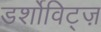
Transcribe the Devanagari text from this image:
डर्शोविट्ज़